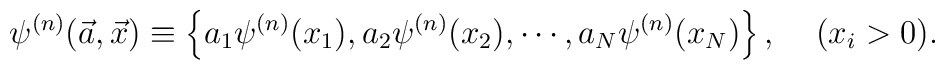
\psi^{(n)}(\vec{a},\vec{x}) \equiv\left\{ a_1 \psi^{(n)}(x_1), a_2 \psi^{(n)}(x_2), \cdots ,a_N \psi^{(n)}(x_N) \right\}, \;\;\;\;(x_i>0).